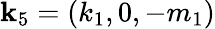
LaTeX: \mathbf{k}_{5}=(k_{1},0,-m_{1})